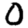
Digit: 0